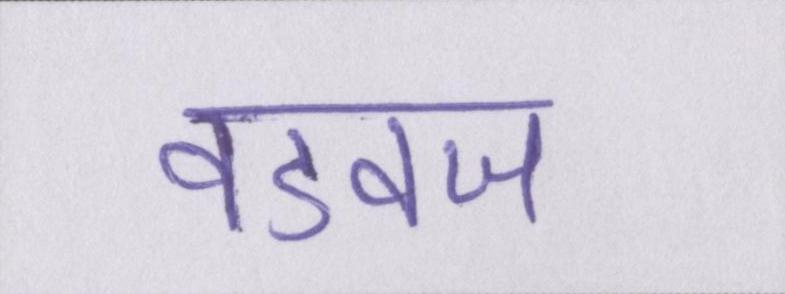
वडवज